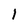
Character: 1